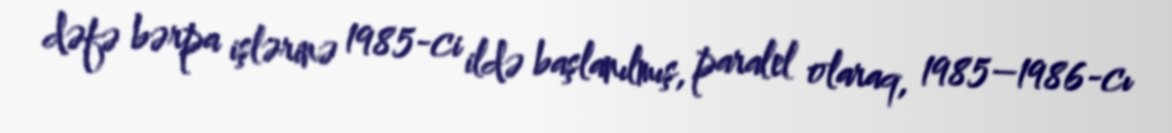
dəfə bərpa işlərinə 1985-ci ildə başlanılmış, paralel olaraq, 1985–1986-cı